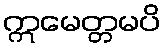
ဣမေတ္တမပိ